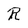
Character: R